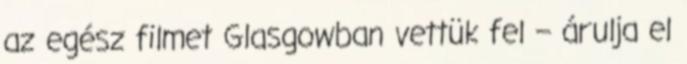
az egész filmet Glasgowban vettük fel – árulja el